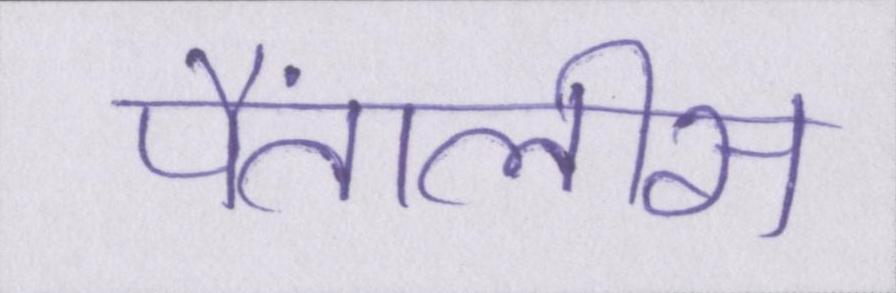
पैंतालीस